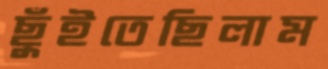
ছুঁইতেছিলাম